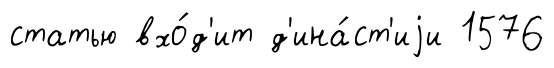
статью вхо́д'ит д'ина́ст'иjи 1576